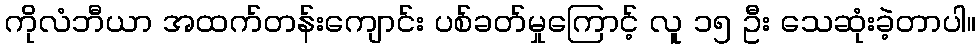
ကိုလံဘီယာ အထက်တန်းကျောင်း ပစ်ခတ်မှုကြောင့် လူ ၁၅ ဦး သေဆုံးခဲ့တာပါ။